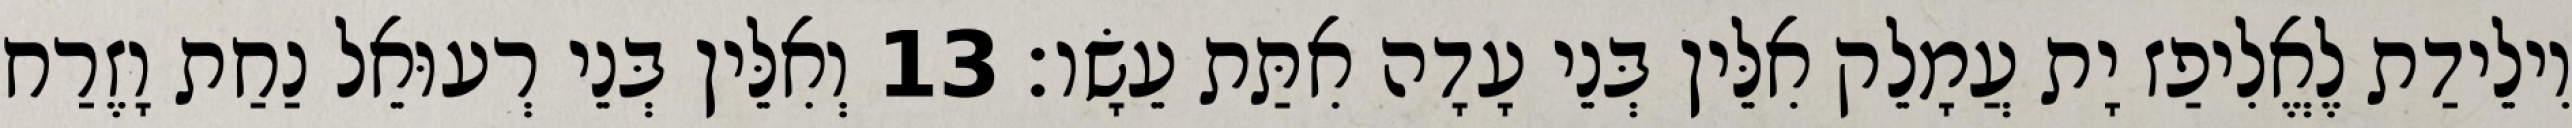
וִילֵידַת לֶאֱלִיפַז יָת עֲמָלֵק אִלֵּין בְּנֵי עָדָה אִתַּת עֵשָׂו׃ 13 וְאִלֵּין בְּנֵי רְעוּאֵל נַחַת וָזֶרַח